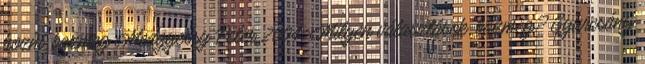
hozni, bazmeg Medgyessy Péter 2004: Milyen választások, bazmeg? Gyurcsány